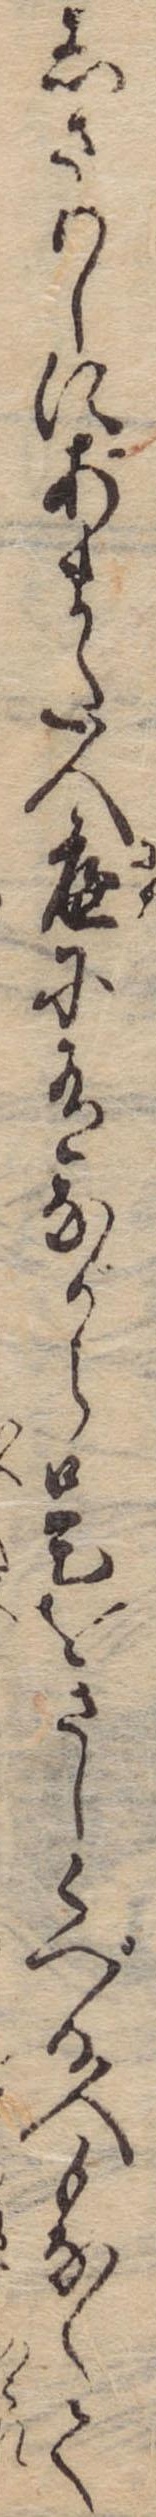
しさりしにあまた人庭に有ながら是をさしくべる人もなくて